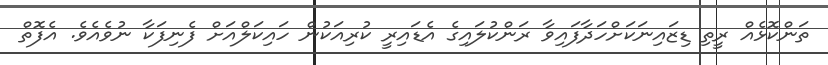
ތަންކޮޅެއް ރީތި ޑިޒައިނަކަށްހަދާފައިވާ ރަންކުލައިގެ އެޑައިރީ ކުރިއަކުން ހައިކަލްއަށް ފެނިފަކާ ނުވެއެވެ. އެފޮތް